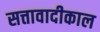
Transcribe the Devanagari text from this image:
सत्तावादीकाल